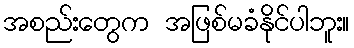
အစည်းတွေက အဖြစ်မခံနိုင်ပါဘူး။